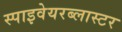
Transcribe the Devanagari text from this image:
स्पाइवेयरब्लास्टर